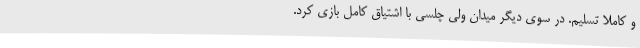
و کاملاً تسلیم. در سوی دیگر میدان ولی چلسی با اشتیاق کامل بازی کرد.